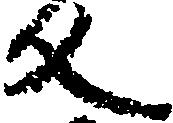
反